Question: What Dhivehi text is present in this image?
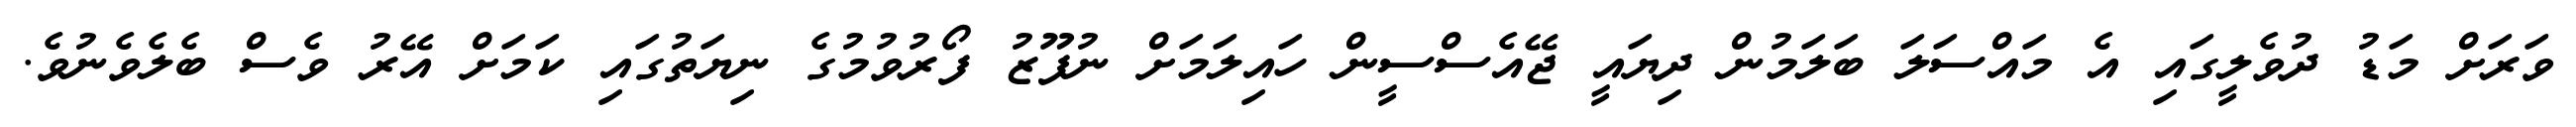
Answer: ވަރަށް މަޑު ދުވެލީގައި އެ މައްސަލަ ބަލަމުން ދިޔައީ ޖޭއެސްސީން ހައިލަމަށް ނުފޫޒު ފޯރުވުމުގެ ނިޔަތުގައި ކަމަށް އޭރު ވެސް ބެލެވެނުވެ.